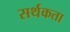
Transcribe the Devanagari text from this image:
सर्थकता